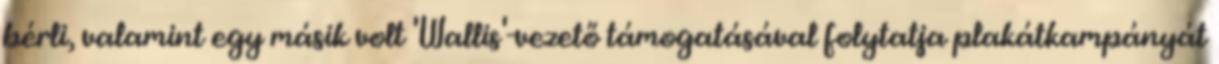
bérli, valamint egy másik volt 'Wallis'-vezető támogatásával folytatja plakátkampányát